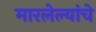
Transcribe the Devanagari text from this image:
मारलेल्यांचे